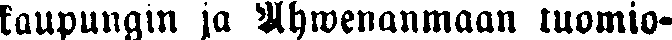
kaupungin ja Ahwenanmaan tuomio-